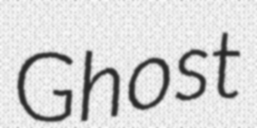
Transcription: Ghost